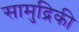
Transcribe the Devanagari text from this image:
सामुद्रिकी